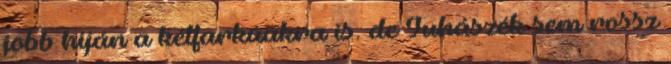
jobb híján a kétfarkúakra is. de Juhászék sem rossz